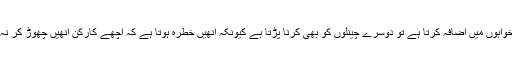
ایک چینل تنخواہوں میں اضافہ کرتا ہے تو دوسرے چینلوں کو بھی کرنا پڑتا ہے کیونکہ انھیں خطرہ ہوتا ہے کہ اچھے کارکن انھیں چھوڑ کر نہ چلے جائیں۔